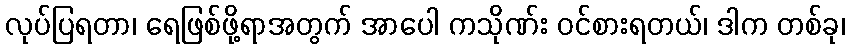
လုပ်ပြရတာ၊ ရေဖြစ်ဖို့ရာအတွက် အာပေါ ကသိုဏ်း ဝင်စားရတယ်၊ ဒါက တစ်ခု၊